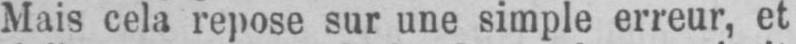
Mais cela repose sur une simple erreur, et